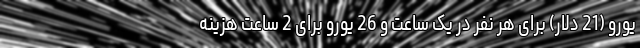
یورو (21 دلار) برای هر نفر در یک ساعت و 26 یورو برای 2 ساعت هزینه